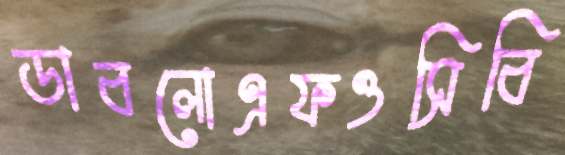
ডাবলোএফওসিবি